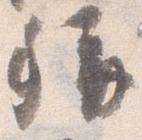
称